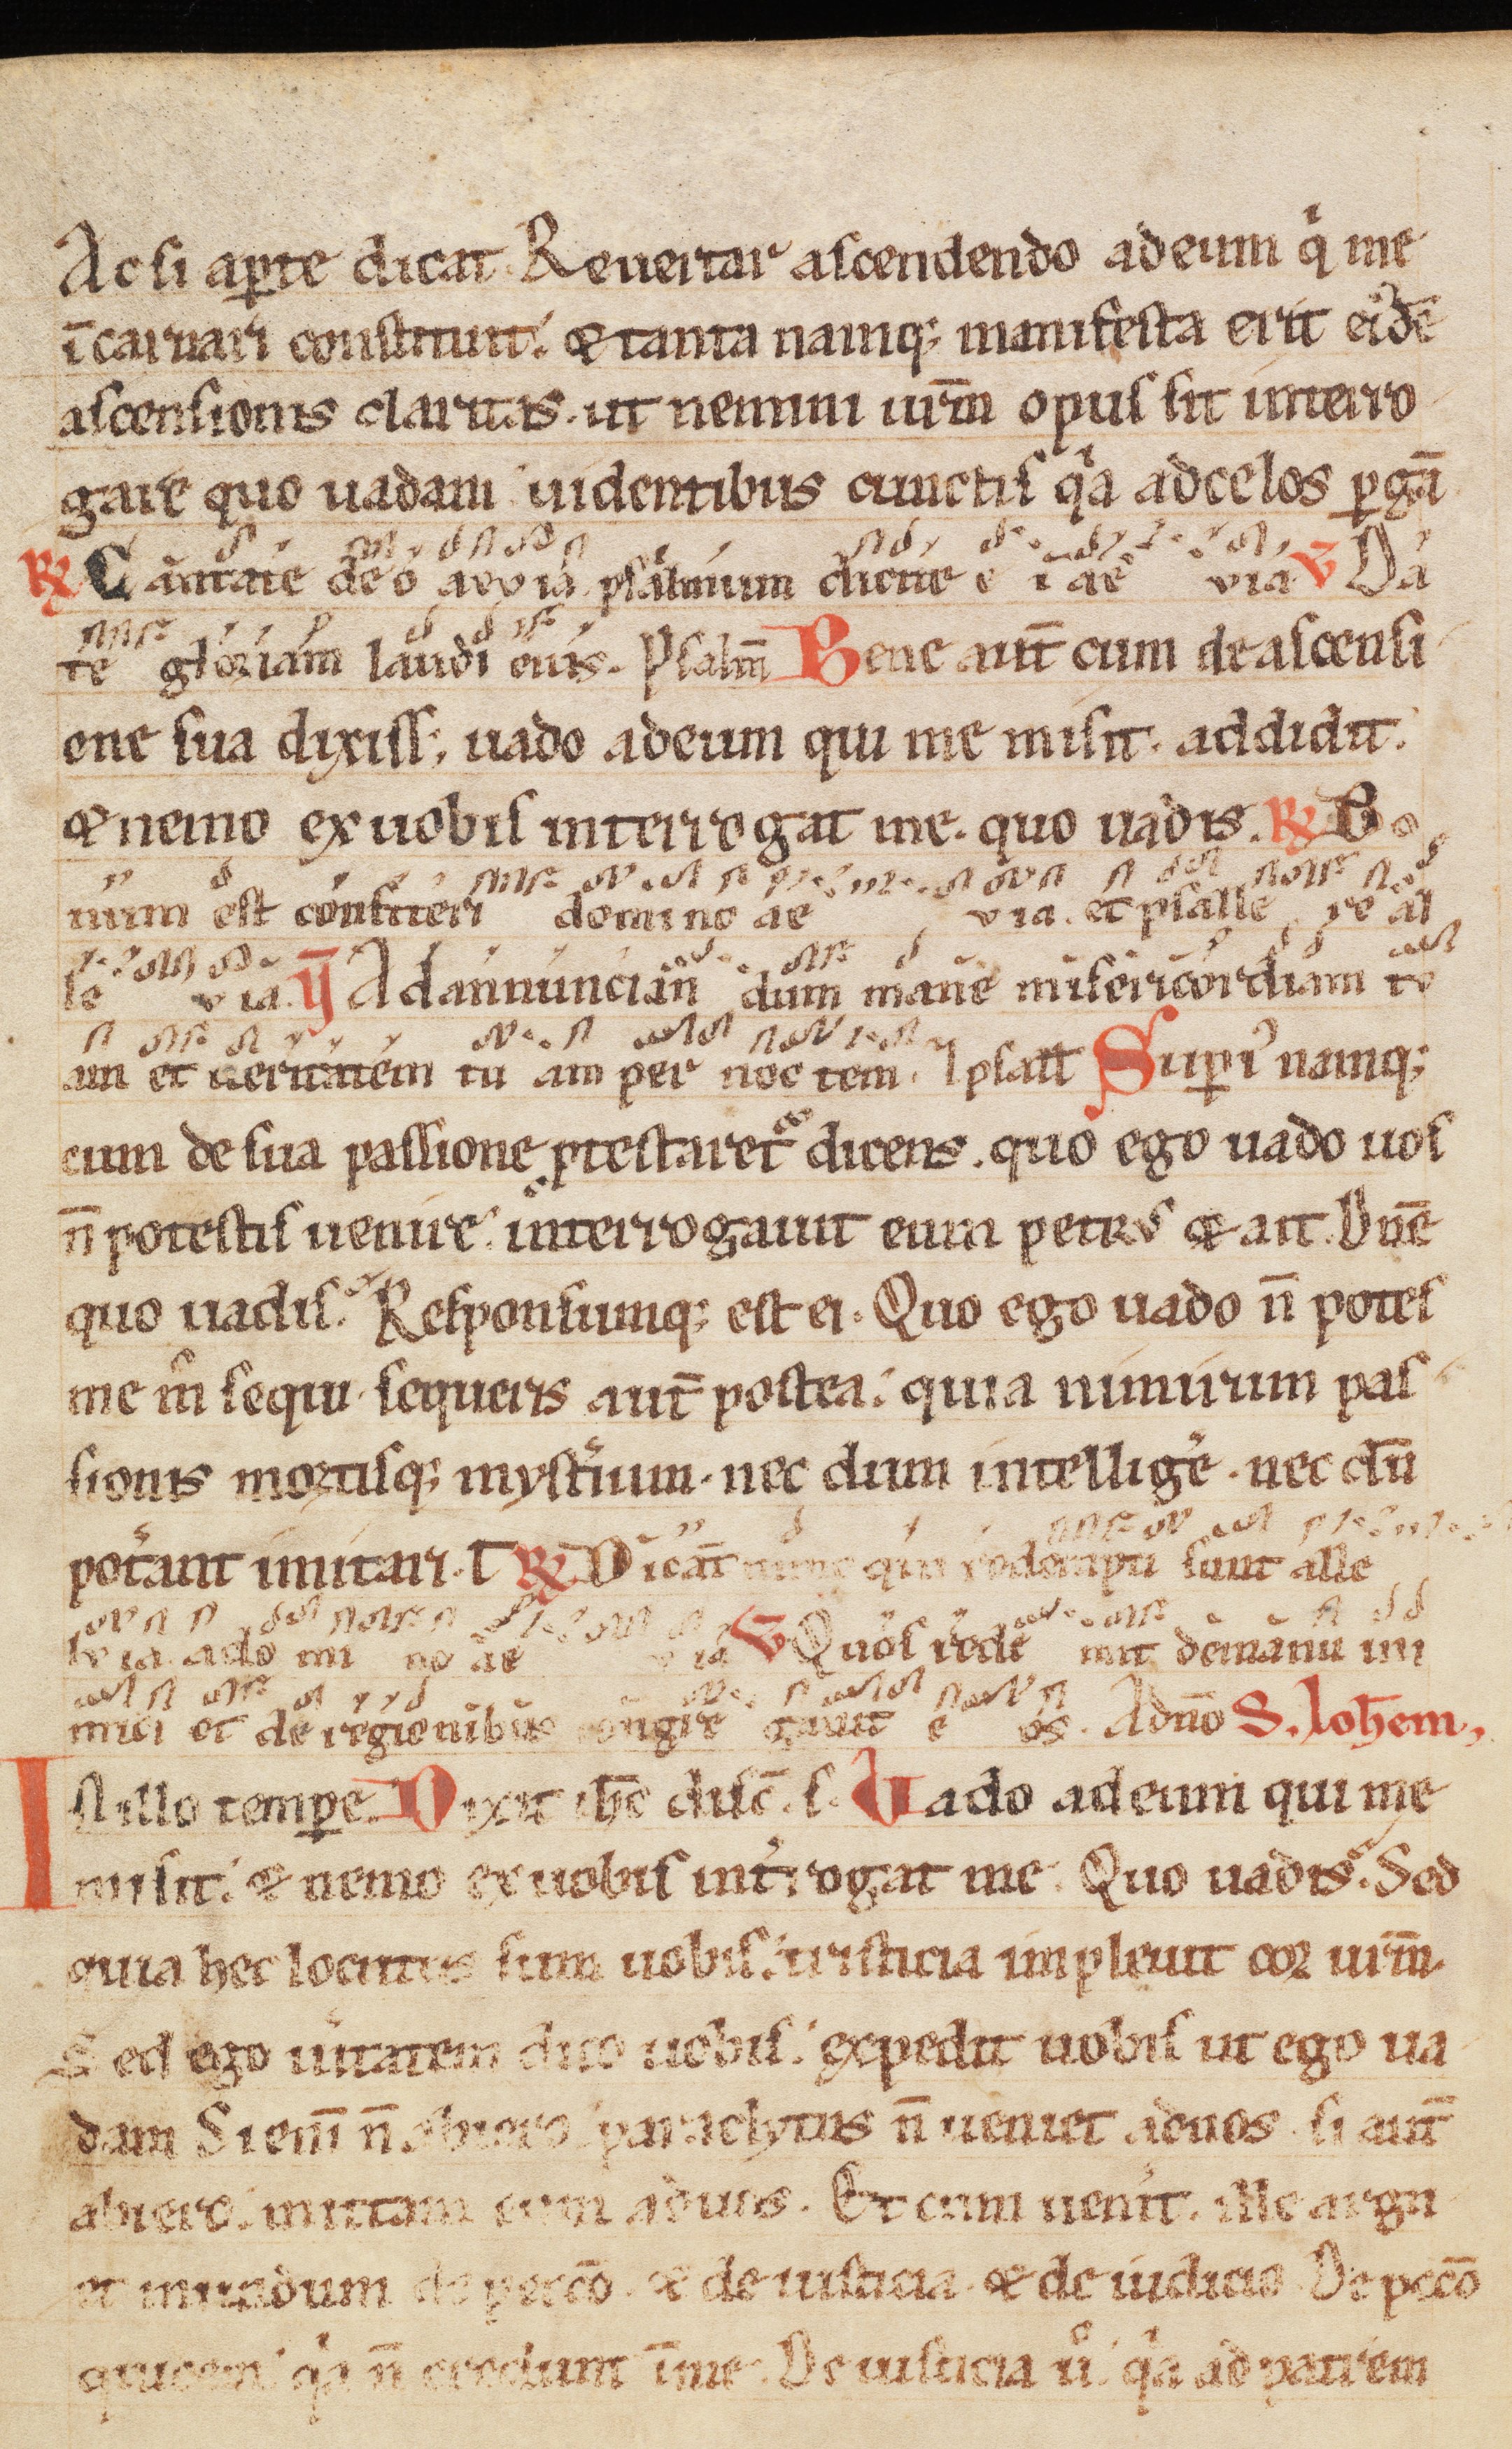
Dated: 1300–1399